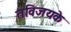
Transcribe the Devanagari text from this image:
तविजयके